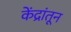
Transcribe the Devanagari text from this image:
केंद्रांतून